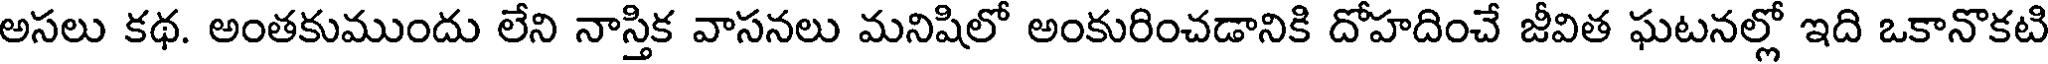
అసలు కథ. అంతకుముందు లేని నాస్తిక వాసనలు మనిషిలో అంకురించడానికి దోహదించే జీవిత ఘటనల్లో ఇది ఒకానొకటి